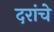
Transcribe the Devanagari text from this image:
दरांचे